Report on vaccination in Madras 1904-1921 - 1904-1921
Year: 1904
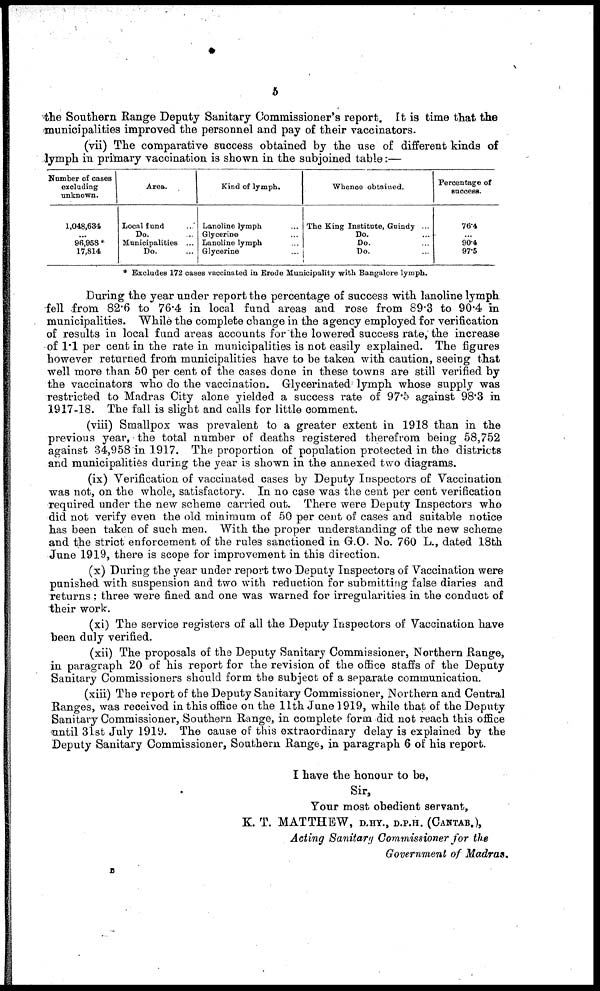
5
the Southern Range Deputy Sanitary Commissioner's report. It is time that the
municipalities improved the personnel and pay of their vaccinators.
(vii) The comparative success obtained by the use of different kinds of
lymph in primary vaccination is shown in the subjoined table:—
Number of cases
excluding
unknown.
1,048,634
...
96,958 *
17,814
Area.
Local fund ...
Do. ...
Municipalities ...
Do. ...
Kind of lymph.
Lanoline lymph
Glycerine
Lanoline lymph
Glycerine
Whence obtained.
The King Institute, Guindy ...
Do. ...
Do. ...
Do. ...
Percentage of
success.
76.4
...
90.4
97.6
* Excludes 172 cases vaccinated in Erode Municipality with Bangalore lymph.
During the year under report the percentage of success with lanoline lymph
fell from 82.6 to 76.4 in local fund areas and rose from 89.3 to 90.4 in
municipalities. While the complete change in the agency employed for verification
of results in local fund areas accounts for the lowered success rate, the increase
of 1.1 per cent in the rate in municipalities is not easily explained. The figures
however returned from municipalities have to be taken with caution, seeing that
well more than 50 per cent of the cases done in these towns are still verified by
the vaccinators who do the vaccination. Glycerinated lymph whose supply was
restricted to Madras City alone yielded a success rate of 97.5 against 98.3 in
1917-18. The fall is slight and calls for little comment.
(viii) Smallpox was prevalent to a greater extent in 1918 than in the
previous year, the total number of deaths registered therefrom being 58,752
against 34,958 in 1917. The proportion of population protected in the districts
and municipalities during the year is shown in the annexed two diagrams.
(ix) Verification of vaccinated cases by Deputy Inspectors of Vaccination
was not, on the whole, satisfactory. In no case was the cent per cent verification
required under the new scheme carried out. There were Deputy Inspectors who
did not verify even the old minimum of 50 per cent of cases and suitable notice
has been taken of such men. With the proper understanding of the new scheme
and the strict enforcement of the rules sanctioned in G.O. No. 760 L., dated 18th
June 1919, there is scope for improvement in this direction.
(x) During the year under report two Deputy Inspectors of Vaccination were
punished with suspension and two with reduction for submitting false diaries and
returns : three were fined and one was warned for irregularities in the conduct of
their work.
(xi) The service registers of all the Deputy Inspectors of Vaccination have
been duly verified.
(xii) The proposals of the Deputy Sanitary Commissioner, Northern Range,
in paragraph 20 of his report for the revision of the office staffs of the Deputy
Sanitary Commissioners should form the subject of a separate communication.
(xiii) The report of the Deputy Sanitary Commissioner, Northern and Central
Ranges, was received in this office on the 11th June 1919, while that of the Deputy
Sanitary Commissioner, Southern Range, in complete form did not reach this office
until 31st July 1919. The cause of this extraordinary delay is explained by the
Deputy Sanitary Commissioner, Southern Range, in paragraph 6 of his report.
I have the honour to be,
Sir,
Your most obedient servant,
K. T. MATTHEW, D.HY., D.P.H. (CANTAB.),
Acting Sanitary Commissioner for the
Government of Madras.
B